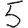
Digit: 5